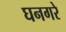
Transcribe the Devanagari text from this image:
घनगरे